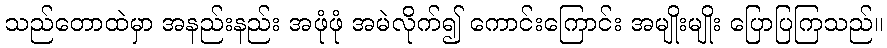
သည်တောထဲမှာ အနည်းနည်း အဖုံဖုံ အမဲလိုက်၍ ကောင်းကြောင်း အမျိုးမျိုး ပြောပြကြသည်။